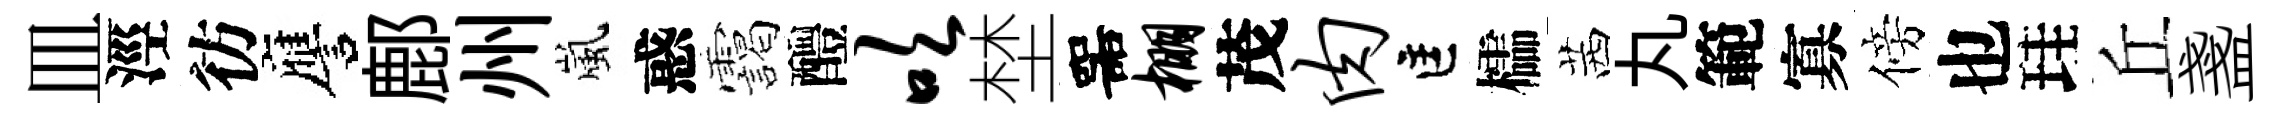
皿涇彷譍鄜州嵐惑靄醴吹埜噐棚茂肉匡櫺茜丸範寡傍也珪丘盞